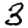
Digit: 3